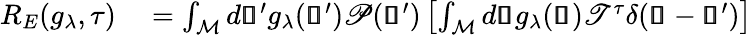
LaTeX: \begin{array}{rl}{R_{E}(g_{\lambda},\tau)}&{{}=\int_{\mathcal{M}}d\pmb{\mathscr{s}}^{\prime}g_{\lambda}(\pmb{\mathscr{s}}^{\prime})\mathscr{P}(\pmb{\mathscr{s}}^{\prime})\left[\int_{\mathcal{M}}d\pmb{\mathscr{s}}g_{\lambda}(\pmb{\mathscr{s}})\mathscr{T}^{\tau}\delta(\pmb{\mathscr{s}}-\pmb{\mathscr{s}}^{\prime})\right]}\end{array}